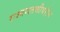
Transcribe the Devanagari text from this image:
राज्यपातळीवरील